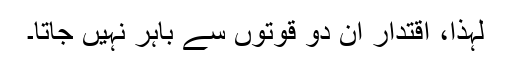
لہٰذا، اقتدار ان دو قوتوں سے باہر نہیں جاتا۔